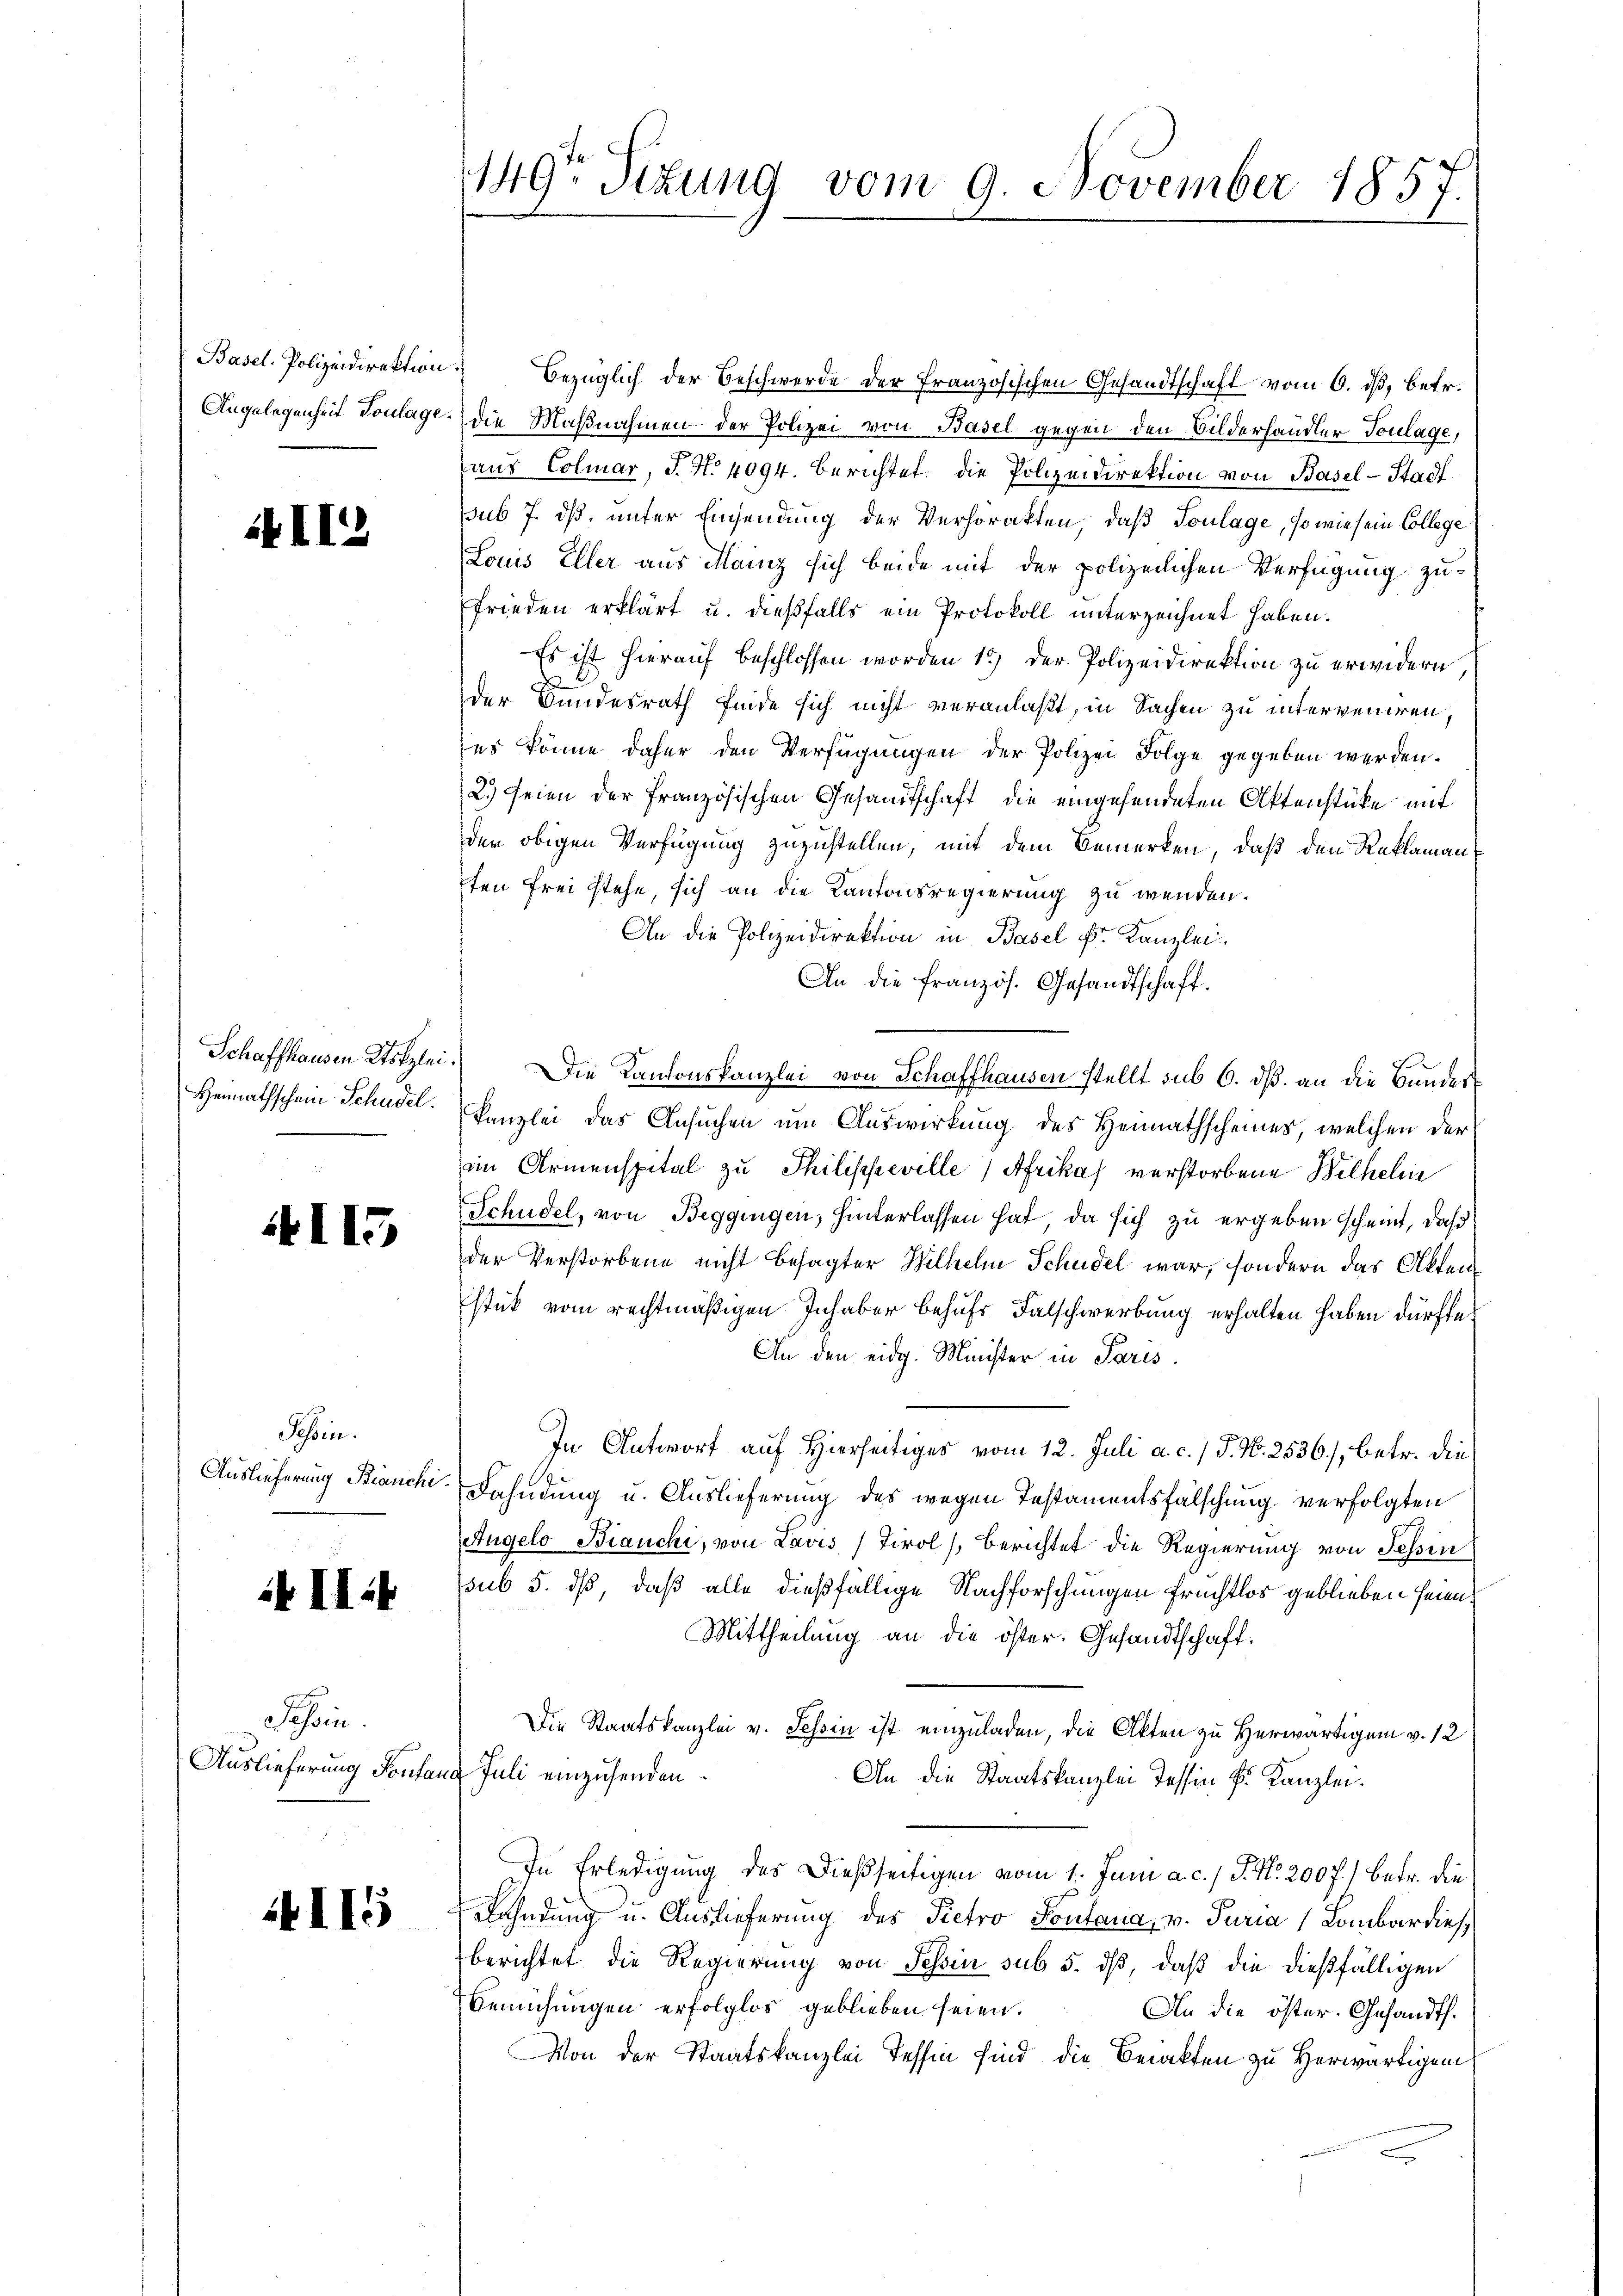
Basel. Polizeidirektion.

II2

Heimathschein Schudel.

4115

Jossen.
Auslieferung Bianchi

ik II 4

Tessin.
Auslieferung Fontan

II5

149r Sitzung vom 9. November 1857.

bezüglich der Beschwerde der Französischen Gesandtschaft vom 6. ds, betr.
Angelegenheit Toulage: die Maßnahmen der Polizei von Basel gegen den Bilderhandler Toulage,
aus Colmar, J. N. 4094. berichtet die Polizeidirektion von Basel-Stadt.
sub 7. dß, unter Einsendung der Verhörakten, daß Toulage, so wie sein Collegi
Louis Eller aus Mainz sich beide mit der polizeilichen Verfügung zufrieden erklärt u. dießfalls ein Protokoll unterzeichnet haben.
Es ist hierauf beschlossen worden 15) der Polizeidirektion zu erwidern,
der Bundesrath finde sich nicht veranlaßt, in Sachen zu interveniren.
es könne daher den Verfügungen der Polizei Folge gegeben werden.
2.) Seien der französischen Gesandtschaft die eingesendeten Aktenstücke mit
der obigen Verfügung zuzustellen, mit dem Bemerken, daß den Reklamansten frei stehe, sich an die Kantonsregierung zu wenden.
An die Polizeidirektion in Basel Fr. Kanzlei.
An die französ. Gesandtschaft.
Schaffhausen Kotzlei. Die Kantonskanzlei von Schaffhausen stellt sub 6. dß. an die Bundess
kanzlei das Ansuchen um Auswirkung des Heimathscheines, welchen der
im Armenspital zu Philischeville) Afrika verstorbene Bilhelm
Schüdel, von Beggingen, hinterlassen hat, da sich zu ergeben scheint, daß
der Verstorbene nicht besagter Wilhelm Schudel war, sondern das Aktenstük vom rechtmäßigen Inhaber behufs Falschwerbung erhalten haben dürfte.
An den eidg. Minister in Paris
In Antworf auf Hierseitiges vom 12. Juli a. c. / P. N. 2536), betr. die
Fahndung u. Auslieferung des wegen Testamentsfalschung verfolgten
Angelo Bianchi, von Lavis, (Tirol) Berichtet die Regierung von Tessin
(sub 5. dß, daß alle dießfällige Nachforschungen frechtlos geblieben seien.
Mittheilung an die öster: Gesandtschaft.
Die Staatskanzlei v. Tessin ist einzuladen, die Akten zu Herwärtigen v. 12
 Juli einzusenden
An die Staatskanzlei dessen Fr. Kanzlei.
In Erledigung des Dießseitigen vom 1. Juni a. c. / P. Nr. 200 f.) betr. die
Bahndung u. Auslieferung des Pietro Fontana, v. Puria 1 Lombardies
berichtet die Regierung von Tessin sub 5. dß, daß die dießfälligen
Bemühungen erfolglos geblieben seien.
An die öster. Gesandth.
Von der Staatskanzlei Tessin sind die Benackten zu Herwärtigen